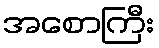
အစောကြီး